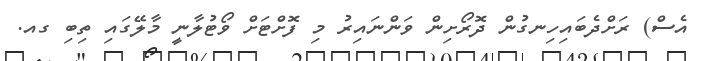
އެސް) ރަށްދެބައިހިނގުން ދޮރޯށިން ވަންނައިރު މި ފޮށްޓަށް ވޯޓުލާނީ މާލޭގައި ތިބި ގއ.